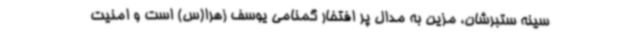
سینه ستبرشان، مزین به مدال پر افتخار گمنامی یوسف زهرا(س) است و امنیت